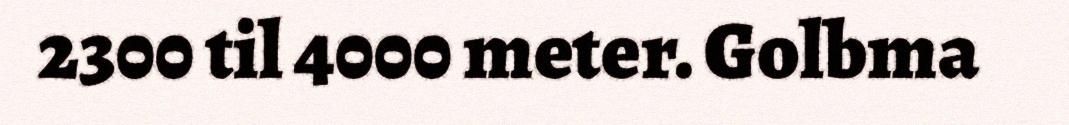
2300 til 4000 meter. Golbma